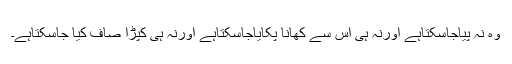
وہ نہ پیاجاسکتاہے اورنہ ہی اس سے کھانا پکایاجاسکتاہے اورنہ ہی کپڑا صاف کیا جاسکتاہے۔